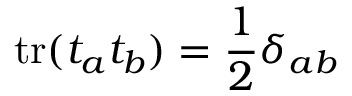
\mathrm { t r } ( t _ { a } t _ { b } ) = \frac { 1 } { 2 } \delta _ { a b }